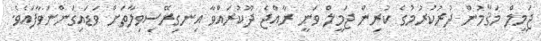
ޖަމީލް މަޤާމުން ދުރުކުރުމުގެ ކުރިން ޖަމީލް ވަނީ ރާއްޖެ ދޫކުރައްވާ އިނގިރޭސިވިލާތަށް ވަޑައިގަންނަވާފައެވެ.